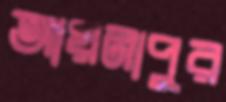
আয়নাপুর